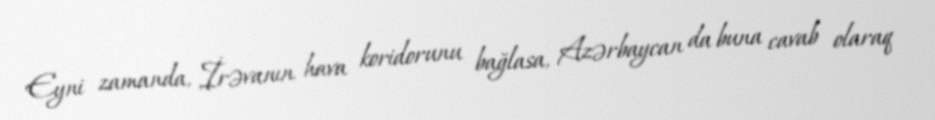
Eyni zamanda, İrəvanın hava koridorunu bağlasa, Azərbaycan da buna cavab olaraq